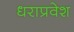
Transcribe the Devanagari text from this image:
धराप्रवेश